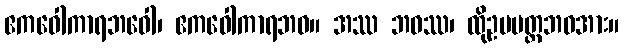
ဧကဝေါကာရဘဝေါ၊ ဧကဝေါကာရဘဝ။ အဿ ဘဝဿ၊ ထိုဥပပတ္တဘဝအား။